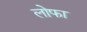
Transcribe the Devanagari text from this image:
लोफा